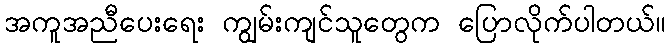
အကူအညီပေးရေး ကျွမ်းကျင်သူတွေက ပြောလိုက်ပါတယ်။